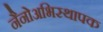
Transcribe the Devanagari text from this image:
नैनोअभिस्थापक